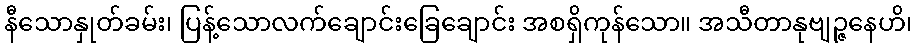
နီသောနှုတ်ခမ်း၊ ပြန့်သောလက်ချောင်းခြေချောင်း အစရှိကုန်သော။ အသီတာနုဗျဉ္ဇနေဟိ၊